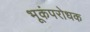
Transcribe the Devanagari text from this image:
भूकंपरोधक